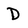
Character: D